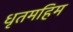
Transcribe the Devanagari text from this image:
धृतमहिम